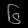
Digit: ၆